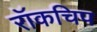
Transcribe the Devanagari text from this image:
रॉकचिप